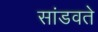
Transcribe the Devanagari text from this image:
सांडवते